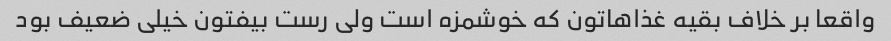
واقعا بر خلاف بقیه غذاهاتون که خوشمزه است ولی رست بیفتون خیلی ضعیف بود